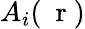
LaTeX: A_{i}(\mathrm{~\mathbf~r~})